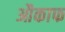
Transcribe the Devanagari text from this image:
औकाफ